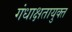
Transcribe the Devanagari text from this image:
गंधाक्षतायुक्त